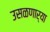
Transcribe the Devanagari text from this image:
उसळणार्‍या